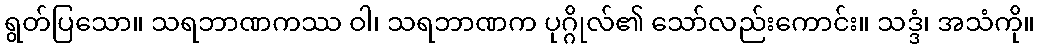
ရွတ်ပြသော။ သရဘာဏကဿ ဝါ၊ သရဘာဏက ပုဂ္ဂိုလ်၏ သော်လည်းကောင်း။ သဒ္ဒံ၊ အသံကို။